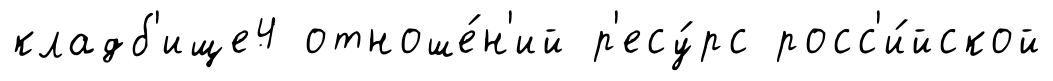
кладб'ище4 отноше́н'ий р'есу́рс росс'и́йской